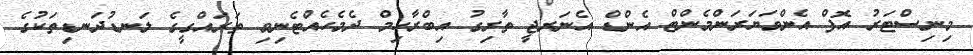
މިނިސްޓަރު އޮފް އެންވަޔަރަންމެންޓް އެންޑް އެނަރޖީ ތާރިގު އިބްރާހިމް ދެމެހެއްޓެނިވި ތަރައްގީގެ ލަނޑުދަނޑިތަކުގެ